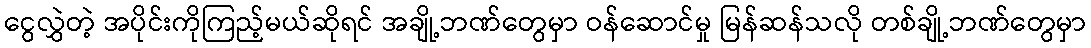
ငွေလွှဲတဲ့ အပိုင်းကိုကြည့်မယ်ဆိုရင် အချို့ဘဏ်တွေမှာ ဝန်ဆောင်မှု မြန်ဆန်သလို တစ်ချို့ဘဏ်တွေမှာ